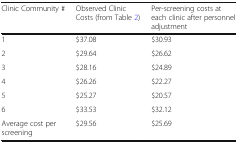
<table><thead><tr><td><b>Clinic Community #</b></td><td><b>Observed Clinic Costs (from Table 2)</b></td><td><b>Per-screening costs at each clinic after personnel adjustment</b></td></tr></thead><tbody><tr><td>1</td><td>$37.08</td><td>$30.93</td></tr><tr><td>2</td><td>$29.64</td><td>$26.62</td></tr><tr><td>3</td><td>$28.16</td><td>$24.89</td></tr><tr><td>4</td><td>$26.26</td><td>$22.27</td></tr><tr><td>5</td><td>$25.27</td><td>$20.57</td></tr><tr><td>6</td><td>$33.53</td><td>$32.12</td></tr><tr><td>Average cost per screening</td><td>$29.56</td><td>$25.69</td></tr></tbody></table>